Regulations for the medical services of the Army of India
Year: 1930
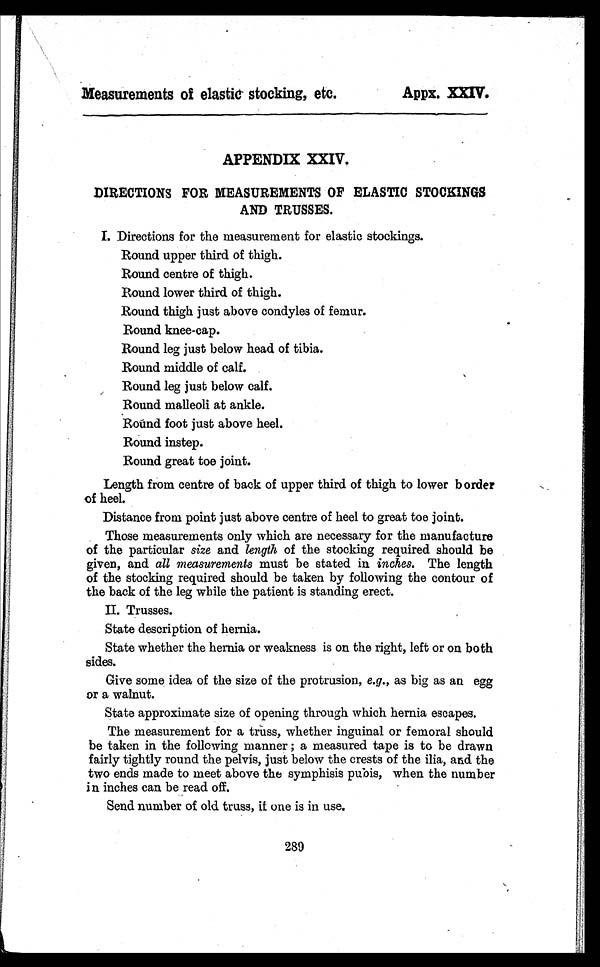
Measurements of elastic stocking, etc.
Appx. XXIV.
APPENDIX XXIV.
DIRECTIONS FOR MEASUREMENTS OF ELASTIC STOCKINGS
AND TRUSSES.
I. Directions for the measurement for elastic stockings.
Round upper third of thigh.
Round centre of thigh.
Round lower third of thigh.
Round thigh just above condyles of femur.
Round knee-cap.
Round leg just below head of tibia.
Round middle of calf.
Round leg just below calf.
Round malleoli at ankle.
Round foot just above heel.
Round instep.
Round great toe joint.
Length from centre of back of upper third of thigh to lower border
of heel.
Distance from point just above centre of heel to great toe joint.
Those measurements only which are necessary for the manufacture
of the particular size and length of the stocking required should be
given, and all measurements must be stated in inches. The length
of the stocking required should be taken by following the contour of
the back of the leg while the patient is standing erect.
II. Trusses.
State description of hernia.
State whether the hernia or weakness is on the right, left or on both
sides.
Give some idea of the size of the protrusion, e.g., as big as an egg
or a walnut.
State approximate size of opening through which hernia escapes.
The measurement for a truss, whether inguinal or femoral should
be taken in the following manner ; a measured tape is to be drawn
fairly tightly round the pelvis, just below the crests of the ilia, and the
two ends made to meet above the symphisis pubis, when the number
in inches can be read off.
Send number of old truss, if one is in use.
289